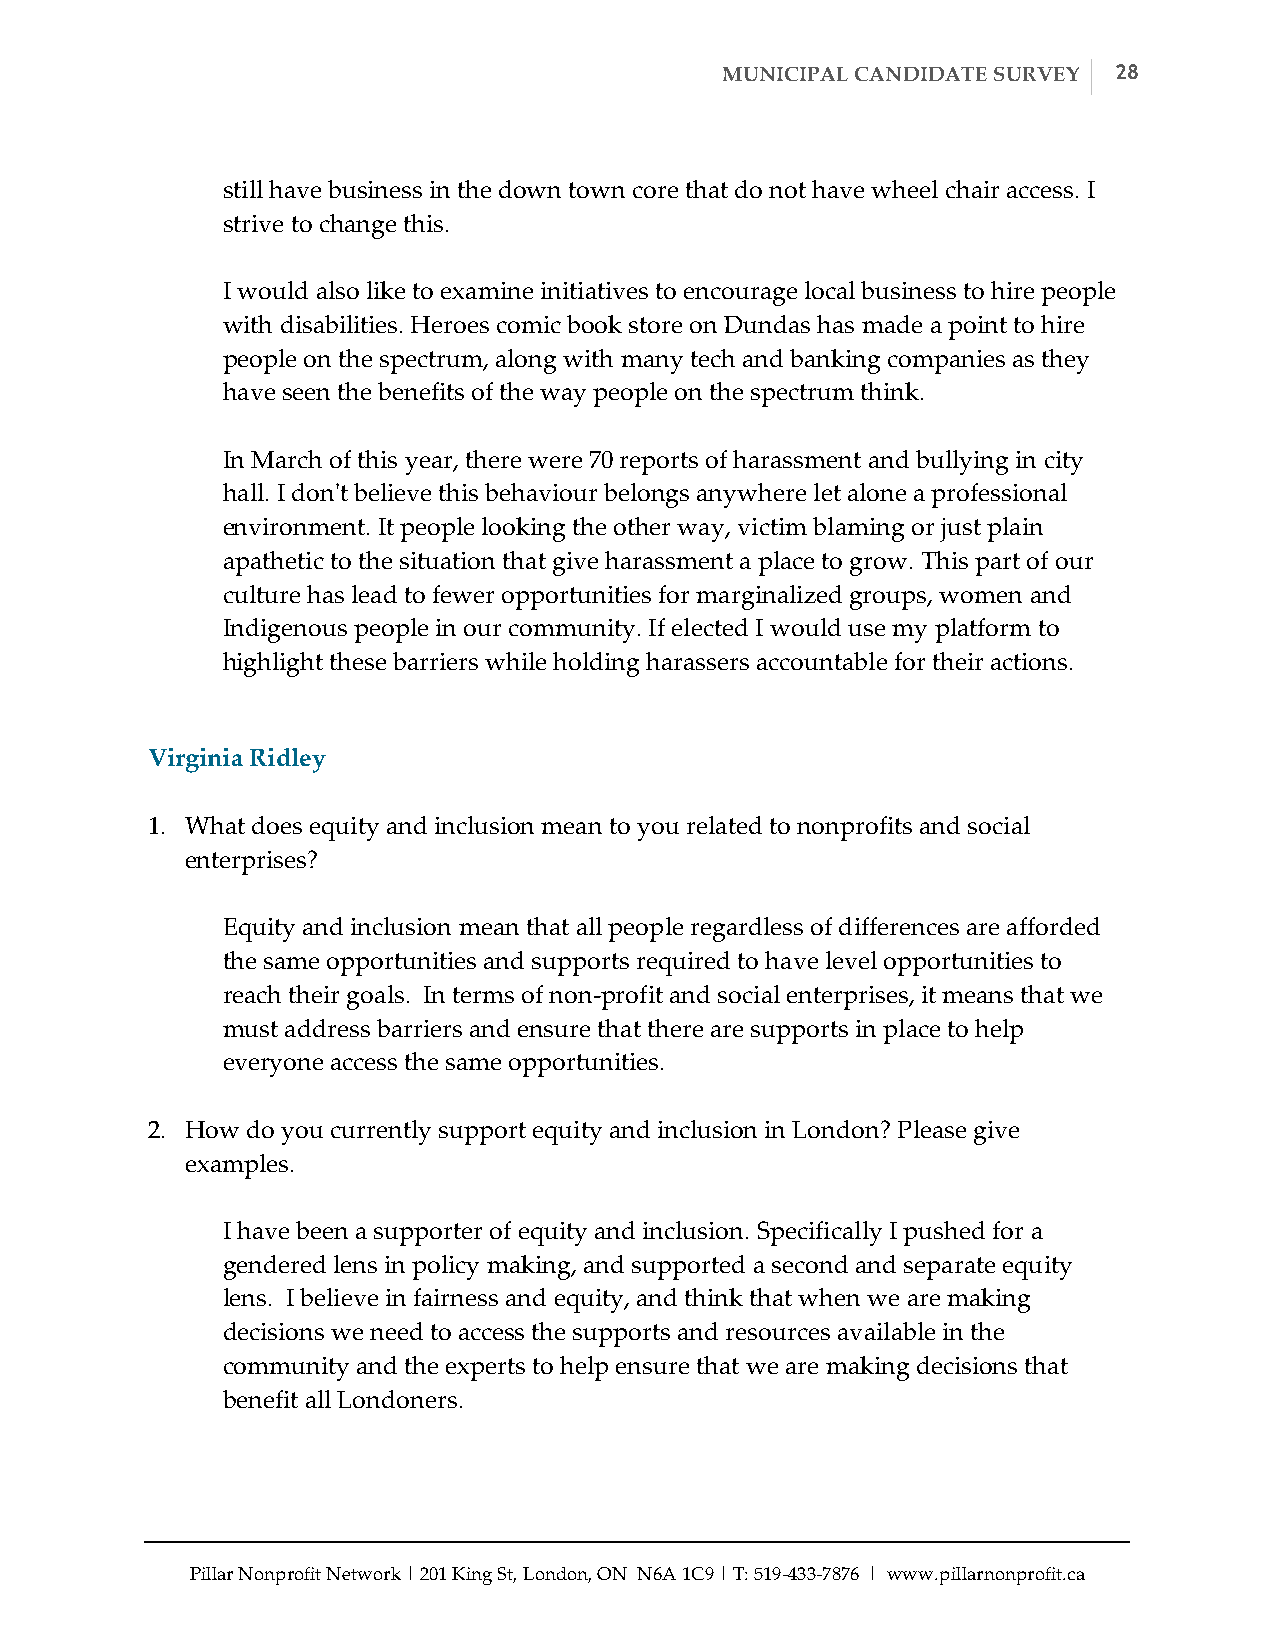
MUNICIPAL CANDIDATE SURVEY 28
 still have business in the down town core that do not have wheel chair access. I
 strive to change this.
 I would also like to examine initiatives to encourage local business to hire people
 with disabilities. Heroes comic book store on Dundas has made a point to hire
 people on the spectrum, along with many tech and banking companies as they
 have seen the benefits of the way people on the spectrum think.
 In March of this year, there were 70 reports of harassment and bullying in city
 hall. I don'ʹt believe this behaviour belongs anywhere let alone a professional
 environment. It people looking the other way, victim blaming or just plain
 apathetic to the situation that give harassment a place to grow. This part of our
 culture has lead to fewer opportunities for marginalized groups, women and
 Indigenous people in our community. If elected I would use my platform to
 highlight these barriers while holding harassers accountable for their actions.
 Virginia Ridley
 1. What does equity and inclusion mean to you related to nonprofits and social
 enterprises?
 Equity and inclusion mean that all people regardless of differences are afforded
 the same opportunities and supports required to have level opportunities to
 reach their goals. In terms of non-­‐‑profit and social enterprises, it means that we
 must address barriers and ensure that there are supports in place to help
 everyone access the same opportunities.
 2. How do you currently support equity and inclusion in London? Please give
 examples.
 I have been a supporter of equity and inclusion. Specifically I pushed for a
 gendered lens in policy making, and supported a second and separate equity
 lens. I believe in fairness and equity, and think that when we are making
 decisions we need to access the supports and resources available in the
 community and the experts to help ensure that we are making decisions that
 benefit all Londoners.
 Pillar Nonprofit Network | 201 King St, London, ON N6A 1C9 | T: 519-­‐‑433-­‐‑7876 | www.pillarnonprofit.ca